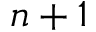
n + 1